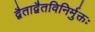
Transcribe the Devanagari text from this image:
द्वैताद्वैतविनिर्मुक्तः